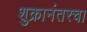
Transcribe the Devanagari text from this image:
शुक्रानंतरचा